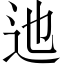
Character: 迆